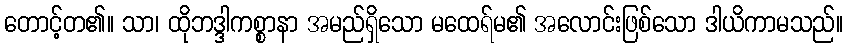
တောင့်တ၏။ သာ၊ ထိုဘဒ္ဒါကစ္စာနာ အမည်ရှိသော မထေရ်မ၏ အလောင်းဖြစ်သော ဒါယိကာမသည်။